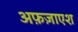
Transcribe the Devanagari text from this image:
अफ़ज़ाएश